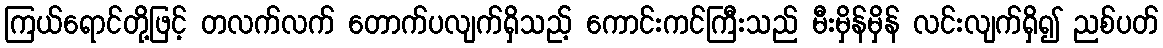
ကြယ်ရောင်တို့ဖြင့် တလက်လက် တောက်ပလျက်ရှိသည့် ကောင်းကင်ကြီးသည် မီးမှိန်မှိန် လင်းလျက်ရှိ၍ ညစ်ပတ်